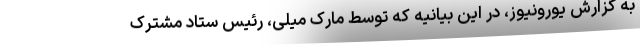
به گزارش یورونیوز، در این بیانیه که توسط مارک میلی، رئیس ستاد مشترک